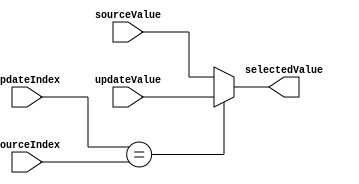
module byPass (
  input [3:0] sourceIndex,
  input [15:0] sourceValue,
  input [3:0] updateIndex,
  input [15:0] updateValue,
  output [15:0] selectedValue
);

assign selectedValue = updateIndex == sourceIndex? updateValue : sourceValue;

endmodule